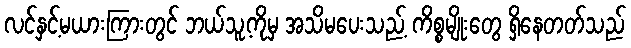
လင်နှင့်မယားကြားတွင် ဘယ်သူ့ကိုမှ အသိမပေးသည့် ကိစ္စမျိုးတွေ ရှိနေတတ်သည်